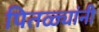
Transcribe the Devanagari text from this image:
पितळ्यांनी